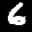
Label: 6